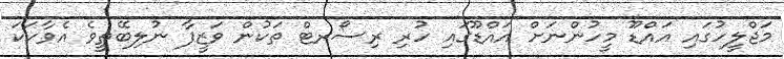
މަޖްލީހުގައި އައްޑޫ މީހުންނަށް އައްޑޫގައި ހުރި ރިސޯރޓް ތަކުން ވަޒީފާ ނުލިބޭތީވެ އެވާހަކަ